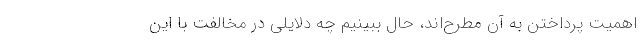
اهمیت پرداختن به آن مطرح‌اند، حال ببینیم چه دلایلی در مخالفت با این